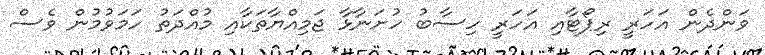
ވަންދެން އަހަރީ ރިޕޯޓާއި އަހަރީ ހިސާބު ހުށަނާޅާ ޖަމިއްޔާތަކާއި މުއްދަތު ހަމަވުމުން ވެސް